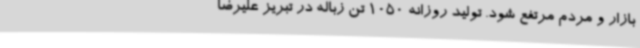
بازار و مردم مرتفع شود. تولید روزانه 1050 تن زباله در تبریز علیرضا